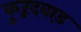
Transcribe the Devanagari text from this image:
कुरूंदवाड़